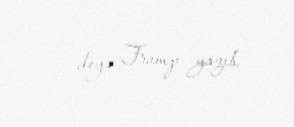
— deyə Tramp yazıb.